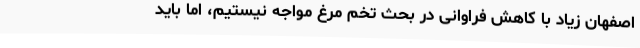
اصفهان زیاد با کاهش فراوانی در بحث تخم مرغ مواجه نیستیم، اما باید